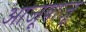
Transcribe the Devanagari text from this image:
आजूबाजू